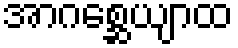
အာဂစ္ဆေယျာထ